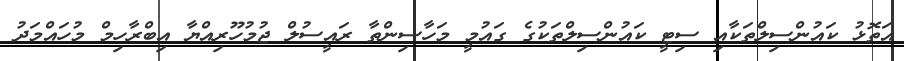
އަތޮޅު ކައުންސިލްތަކާއި ސިޓީ ކައުންސިލްތަކުގެ ގައުމީ މަހާސިންތާ ރައީސުލް ޖުމުހޫރިއްޔާ އިބްރާހިމް މުހައްމަދު